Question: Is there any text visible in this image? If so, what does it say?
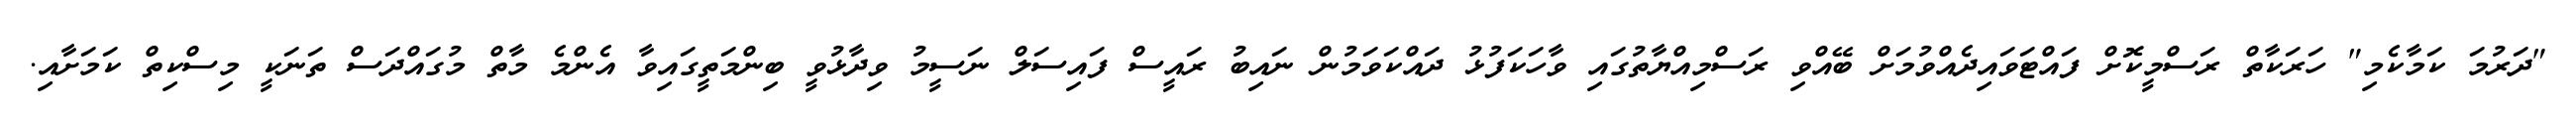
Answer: "ދަރުމަ ކަމާކެމި" ހަރަކާތް ރަސްމީކޮށް ފައްޓަވައިދެއްވުމަށް ބޭއްވި ރަސްމިއްޔާތުގައި ވާހަކަފުޅު ދައްކަވަމުން ނައިބު ރައީސް ފައިސަލް ނަސީމު ވިދާޅުވީ ބިންމަތީގައިވާ އެންމެ މާތް މުގައްދަސް ތަނަކީ މިސްކިތް ކަމަށާއި.